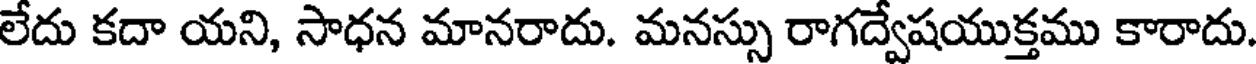
లేదు కదా యని, సాధన మానరాదు. మనస్సు రాగద్వేషయుక్తము కారాదు.